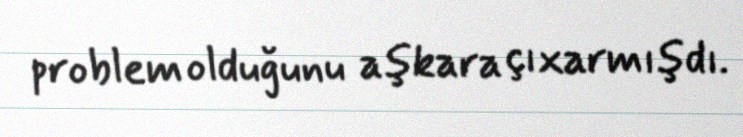
problem olduğunu aşkara çıxarmışdı.